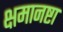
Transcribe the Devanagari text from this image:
क्षमानष्टा